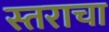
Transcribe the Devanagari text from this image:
स्तराचा